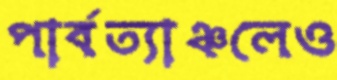
পার্বত্যাঞ্চলেও